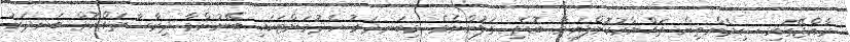
ރާއްޖޭގައި ސިމެންތިން ތައްޔާރުކޮށްފައިވާ ބޮޑެތި ގަލުންނެވެ. މިބަނދަރު ހެދުމަށްޓަކައި ބޭނުންވާ ދިރާސާތައްކޮށް ބަނދަރު